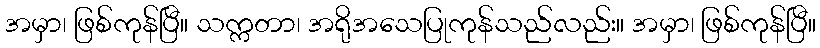
အမှာ၊ ဖြစ်ကုန်ပြီ။ သက္ကတာ၊ အရိုအသေပြုကုန်သည်လည်း။ အမှာ၊ ဖြစ်ကုန်ပြီ။